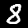
Digit: 8